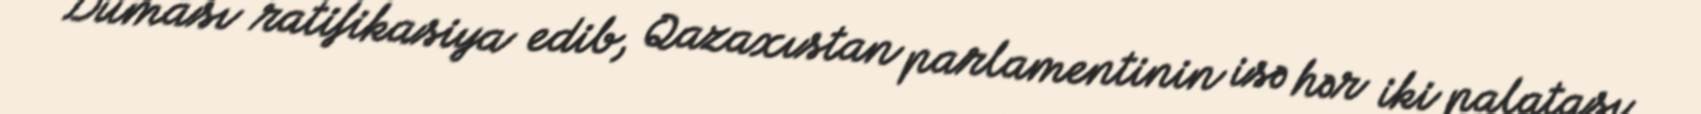
Duması ratifikasiya edib, Qazaxıstan parlamentinin isə hər iki palatası